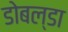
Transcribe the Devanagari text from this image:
डोबल्डा